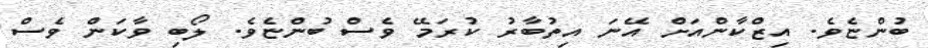
ބުންޏެވެ. އިޒްކާންއަށް އޭނަ އިތުބާރު ކުރަމޭ ވެސް ބުންޏެވެ. ލޯބި ވާކަން ވެސް